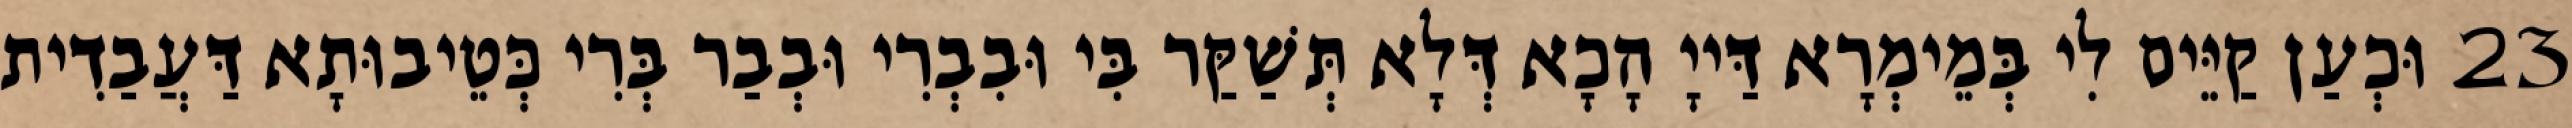
23 וּכְעַן קַיֵּים לִי בְּמֵימְרָא דַּייָ הָכָא דְּלָא תְּשַׁקַּר בִּי וּבִבְרִי וּבְבַר בְּרִי כְּטֵיבוּתָא דַּעֲבַדִית